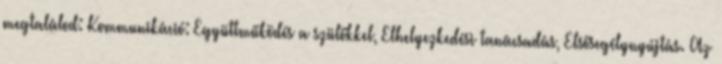
megtalálod: Kommunikáció: Együttműködés a szülőkkel, Elhelyezkedési tanácsadás, Elsősegélynyújtás. Az